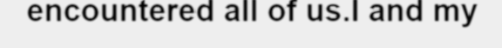
encountered all of us.I and my